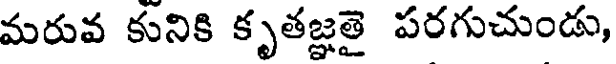
మరువ కునికి కృతజ్ఞతై పరగుచుండు,